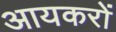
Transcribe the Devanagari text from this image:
आयकरों